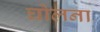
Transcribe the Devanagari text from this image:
घोलना